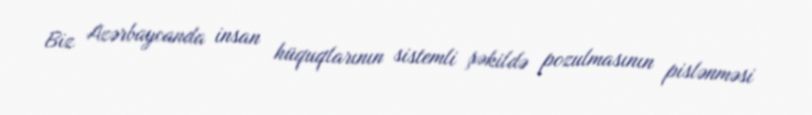
Biz Azərbaycanda insan hüquqlarının sistemli şəkildə pozulmasının pislənməsi